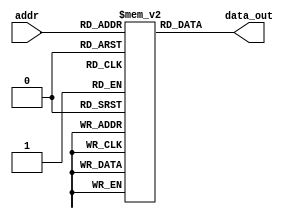
module InstMem (input [5:0] addr, output [31:0] data_out);
reg[31:0] mem [0:63];
assign data_out = mem[addr];

initial begin
//mem[0]=32'b00000000000000000010111010000011 ; //add x0, x0, x0
//mem[1]=32'b00000000010000000010111100000011 ; //lw x1, 0(x0)
//mem[2]=32'b00000000100000000010111110000011; //lw x2, 4(x0)
//mem[3]=32'b00000001111111101000011001100011 ; //lw x3, 8(x0)
//mem[4]=32'b00000001111011101000111010110011 ; //or x4, x1, x2
//mem[5]=32'b11111110000000000000110011100011 ; //beq x4, x3, 4
//mem[6]=32'b00000001110100000010011000100011 ; //add x3, x1, x2
////mem[7]=32'b0000000_00010_00011_000_00101_0110011 ; //add x5, x3, x2
////mem[8]=32'b0000000_00101_00000_010_01100_0100011; //sw x5, 12(x0)
////mem[9]=32'b000000001100_00000_010_00110_0000011 ; //lw x6, 12(x0)
////mem[10]=32'b0000000_00001_00110_111_00111_0110011 ; //and x7, x6, x1
////mem[11]=32'b0100000_00010_00001_000_01000_0110011 ; //sub x8, x1, x2
////mem[12]=32'b0000000_00010_00001_000_00000_0110011 ; //add x0, x1, x2
////mem[13]=32'b0000000_00001_00000_000_01001_0110011 ; //add x9, x0, x1


mem[0]=32'b0000000_00000_00000_000_00000_0110011 ; //add x0, x0, x0
// added to be skipped since PC starts with 4 after reset
 mem[1]=32'b000000000000_00000_010_00001_0000011 ; //lw x1, 0(x0)
// mem[2]=32'b0000000_00000_00000_000_00000_0110011 ; //add x0, x0, x0
// mem[3]=32'b0000000_00000_00000_000_00000_0110011 ; //add x0, x0, x0
// mem[4]=32'b0000000_00000_00000_000_00000_0110011 ; //add x0, x0, x0
 mem[2]=32'b000000000100_00000_010_00010_0000011 ; //lw x2, 4(x0)
// mem[6]=32'b0000000_00000_00000_000_00000_0110011 ; //add x0, x0, x0
// mem[7]=32'b0000000_00000_00000_000_00000_0110011 ; //add x0, x0, x0
// mem[8]=32'b0000000_00000_00000_000_00000_0110011 ; //add x0, x0, x0
 mem[3]=32'b000000001000_00000_010_00011_0000011 ; //lw x3, 8(x0)
//mem[4]=32'b0000000_00000_00000_000_00000_0110011 ; //add x0, x0, x0
//mem[11]=32'b0000000_00000_00000_000_00000_0110011 ; //add x0, x0, x0
//mem[12]=32'b0000000_00000_00000_000_00000_0110011 ; //add x0, x0, x0
 mem[4]=32'b0000000_00010_00001_110_00100_0110011 ; //or x4, x1, x2
//mem[14]=32'b0000000_00000_00000_000_00000_0110011 ; //add x0, x0, x0
//mem[15]=32'b0000000_00000_00000_000_00000_0110011 ; //add x0, x0, x0
//mem[16]=32'b0000000_00000_00000_000_00000_0110011 ; //add x0, x0, x0
 mem[5]=32'b0_000000_00011_00100_000_0100_0_1100011; //beq x4, x3, 4   pc 17*4 =68  mem  pc =32 
 //mem[6]=32'b0000000_00000_00000_000_00000_0110011 ; //add x0, x0, x0
 //mem[7]=32'b0000000_00000_00000_000_00000_0110011 ; //add x0, x0, x0
 //mem[8]=32'b0000000_00000_00000_000_00000_0110011 ; //add x0, x0, x0
 mem[6]=32'b0000000_00010_00001_000_00011_0110011 ; //add x3, x1, x2        ex  \\\\
// mem[22]=32'b0000000_00000_00000_000_00000_0110011 ; //add x0, x0, x0
// mem[23]=32'b0000000_00000_00000_000_00000_0110011 ; //add x0, x0, x0
// mem[24]=32'b0000000_00000_00000_000_00000_0110011 ; //add x0, x0, x0
 mem[7]=32'b0000000_00010_00011_000_00101_0110011 ; //add x5, x3, x2        de\\\\  pc =28 IF  32 dc 36 ex
// mem[26]=32'b0000000_00000_00000_000_00000_0110011 ; //add x0, x0, x0
// mem[27]=32'b0000000_00000_00000_000_00000_0110011 ; //add x0, x0, x0
// mem[28]=32'b0000000_00000_00000_000_00000_0110011 ; //add x0, x0, x0

 mem[8]=32'b0000000_00101_00000_010_01100_0100011; //sw x5, 12(x0)          if\\\\
// mem[30]=32'b0000000_00000_00000_000_00000_0110011 ; //add x0, x0, x0
// mem[31]=32'b0000000_00000_00000_000_00000_0110011 ; //add x0, x0, x0
// mem[32]=32'b0000000_00000_00000_000_00000_0110011 ; //add x0, x0, x0
 mem[9]=32'b000000001100_00000_010_00110_0000011 ; //lw x6, 12(x0)
// mem[34]=32'b0000000_00000_00000_000_00000_0110011 ; //add x0, x0, x0
// mem[35]=32'b0000000_00000_00000_000_00000_0110011 ; //add x0, x0, x0
// mem[36]=32'b0000000_00000_00000_000_00000_0110011 ; //add x0, x0, x0
 mem[10]=32'b0000000_00001_00110_111_00111_0110011 ; //and x7, x6, x1
//mem[38]=32'b0000000_00000_00000_000_00000_0110011 ; //add x0, x0, x0
// mem[39]=32'b0000000_00000_00000_000_00000_0110011 ; //add x0, x0, x0
// mem[40]=32'b0000000_00000_00000_000_00000_0110011 ; //add x0, x0, x0
 mem[11]=32'b0100000_00010_00001_000_01000_0110011 ; //sub x8, x1, x2
//mem[42]=32'b0000000_00000_00000_000_00000_0110011 ; //add x0, x0, x0
// mem[43]=32'b0000000_00000_00000_000_00000_0110011 ; //add x0, x0, x0
// mem[44]=32'b0000000_00000_00000_000_00000_0110011 ; //add x0, x0, x0
 mem[12]=32'b0000000_00010_00001_000_00000_0110011 ; //add x0, x1, x2
//mem[46]=32'b0000000_00000_00000_000_00000_0110011 ; //add x0, x0, x0
// mem[47]=32'b0000000_00000_00000_000_00000_0110011 ; //add x0, x0, x0
// mem[48]=32'b0000000_00000_00000_000_00000_0110011 ; //add x0, x0, x0
 mem[13]=32'b0000000_00001_00000_000_01001_0110011 ; //add x9, x0, x1
end
endmodule